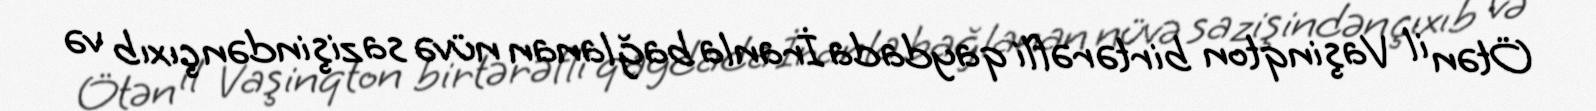
Ötən il Vaşinqton birtərəfli qaydada İranla bağlanan nüvə sazişindən çıxıb və